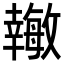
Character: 𪪉